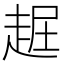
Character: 𧻡